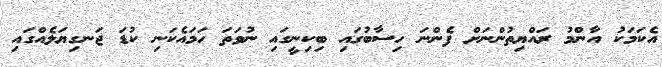
އެކަމަކު އާންމު ރައްޔިތުންނަށް ފެންނަ ހިސާބުގައި ބިކިނީގައި ނުވަތަ ހަމައެކަނި ކުޑަ ޖަނގިޔަލެއްގައި